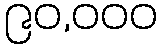
၉၀,၀၀၀